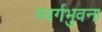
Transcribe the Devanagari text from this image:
स्वर्गभुवना